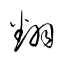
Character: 翻